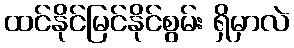
ထင်နိုင်မြင်နိုင်စွမ်း ရှိမှာလဲ